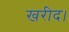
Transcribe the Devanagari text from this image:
खरीद।